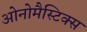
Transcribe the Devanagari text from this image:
ओनोमैस्टिक्स